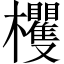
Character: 欔